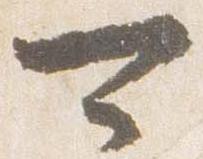
可